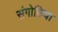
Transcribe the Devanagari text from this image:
संगोष्ठिया